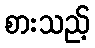
စားသည့်